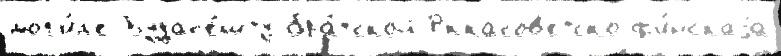
мог'и́л'е Будап'е́шту бра́тской Рккасов'етско-ф'и́нскаjа